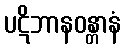
ပဋိဘာနဝန္တာနံ